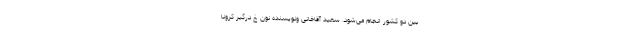
بین دو کشور انجام می‌شود. سعید آقاخانی ونویسنده نون خ درگیر کرونا